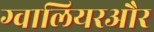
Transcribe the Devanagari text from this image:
ग्वालियरऔर